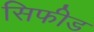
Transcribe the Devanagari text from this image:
सिफीड